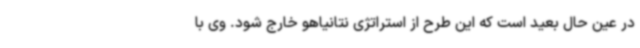
در عین حال بعید است که این طرح از استراتژی نتانیاهو خارج شود. وی با